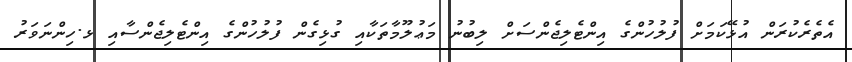
އެތެރެކުރަން އުޅޭކަމަށް ފުލުހުންގެ އިންޓެލިޖެންސަށް ލިބުނު މަޢުލޫމާތަކާއި ގުޅިގެން ފުލުހުންގެ އިންޓެލިޖެންސާއި ޅ.ހިންނަވަރު